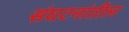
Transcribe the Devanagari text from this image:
संघटनांतील